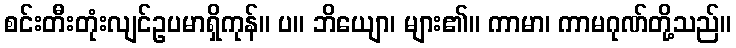
စင်းတီးတုံးလျင်ဥပမာရှိကုန်။ ပ။ ဘိယျော၊ များ၏။ ကာမာ၊ ကာမဂုဏ်တို့သည်။